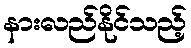
နားလည်နိုင်သည့်